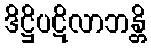
ဒိဋ္ဌိပဋိလာဘန္တိ